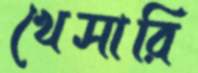
খেসারি